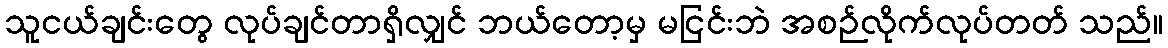
သူငယ်ချင်းတွေ လုပ်ချင်တာရှိလျှင် ဘယ်တော့မှ မငြင်းဘဲ အစဉ်လိုက်လုပ်တတ် သည်။